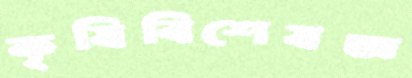
কৃষিবিশেষজ্ঞ